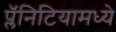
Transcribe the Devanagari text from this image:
प्लॅनिटियामध्ये